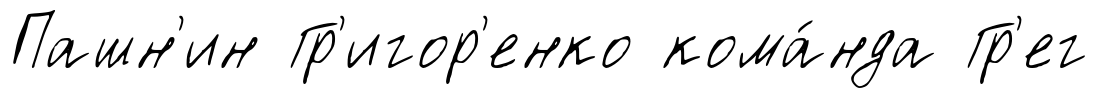
Пашн'ин Гр'игор'енко кома́нда Гр'ег